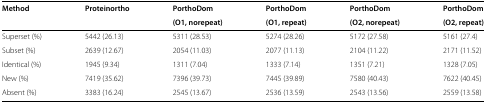
| Method | Proteinortho | PorthoDom | PorthoDom | PorthoDom | PorthoDom |
 |  |  | (O1, norepeat) | (O1, repeat) | (O2, norepeat) | (O2, repeat) |
 | --- | --- | --- | --- | --- | --- |
 | Superset (%) | 5442 (26.13) | 5311 (28.53) | 5274 (28.26) | 5172 (27.58) | 5161 (27.4) |
 | Subset (%) | 2639 (12.67) | 2054 (11.03) | 2077 (11.13) | 2104 (11.22) | 2171 (11.52) |
 | Identical (%) | 1945 (9.34) | 1311 (7.04) | 1333 (7.14) | 1351 (7.21) | 1328 (7.05) |
 | New (%) | 7419 (35.62) | 7396 (39.73) | 7445 (39.89) | 7580 (40.43) | 7622 (40.45) |
 | Absent (%) | 3383 (16.24) | 2545 (13.67) | 2536 (13.59) | 2543 (13.56) | 2559 (13.58) |